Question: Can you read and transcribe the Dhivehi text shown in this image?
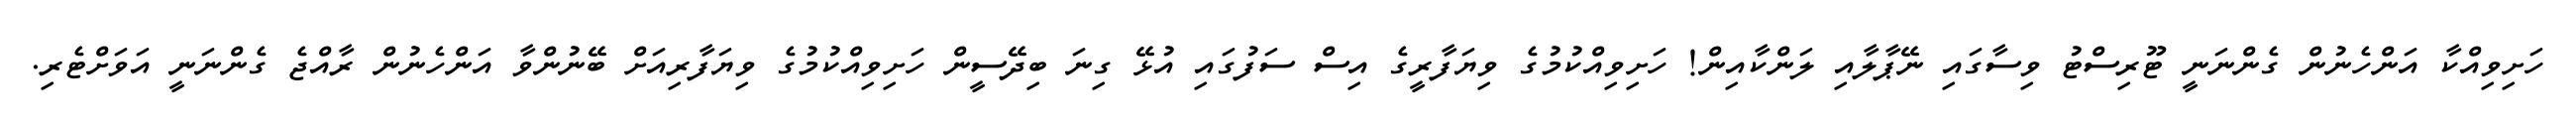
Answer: ހަށިވިއްކާ އަންހެނުން ގެންނަނީ ޓޫރިސްޓު ވިސާގައި ނޭޕާލާއި ލަންކާއިން! ހަށިވިއްކުމުގެ ވިޔަފާރީގެ އިސް ސަފުގައި އުޅޭ ގިނަ ބިދޭސީން ހަށިވިއްކުމުގެ ވިޔަފާރިއަށް ބޭނުންވާ އަންހެނުން ރާއްޖެ ގެންނަނީ އަވަށްޓެރި.